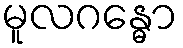
မူလဂန္ဓော